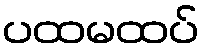
ပထမထပ်